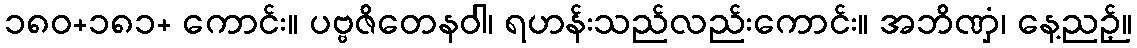
၁၈၀+၁၈၁+ ကောင်း။ ပဗ္ဗဇိတေနဝါ၊ ရဟန်းသည်လည်းကောင်း။ အဘိဏှံ၊ နေ့ညဉ့်။